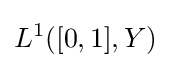
L^{1}([0,1],Y)